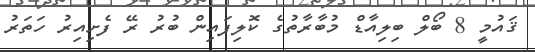
ޤައުމީ 8 ބޯލް ބިލިއާޑް މުބާރާތުގެ ކޮލިފައިން ބުރު ރޭ ފެށިއިރު ހަތަރު